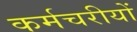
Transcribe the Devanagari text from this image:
कर्मचरीयों